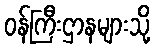
ဝန်ကြီးဌာနများသို့